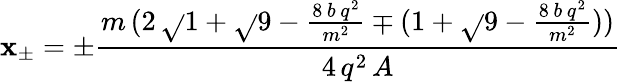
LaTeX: \mathbf{x}_{\pm}=\pm\frac{{m\, (2\, \sqrt{}{{1+\sqrt{}{{9-\frac{{8\, b\, q^{2}}}{{m^{2}}}}}}}\mp(1+\sqrt{}{{9-\frac{{8\, b\, q^{2}}}{{m^{2}}}}}))}}{{4\, q^{2}\, A}}